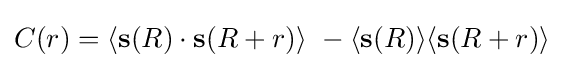
C(r)=\langle \mathbf {s} (R)\cdot \mathbf {s} (R+r)\rangle \ -\langle \mathbf {s} (R)\rangle \langle \mathbf {s} (R+r)\rangle